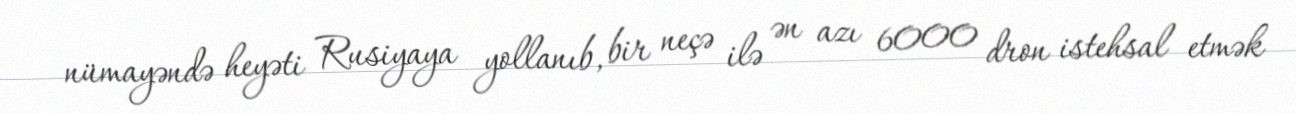
nümayəndə heyəti Rusiyaya yollanıb, bir neçə ilə ən azı 6000 dron istehsal etmək